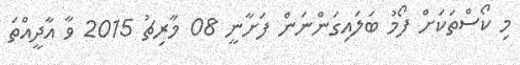
މި ކޯސްތަކަށް ފޯމު ބަލައިގަންނަން ފަށާނީ 08 މާރިޗު 2015 ވާ އާދީއްތަ